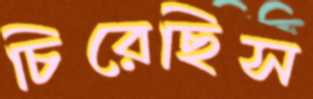
চিরেছিস